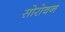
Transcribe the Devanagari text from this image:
सोरोबन